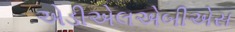
એડીએલએબીએસ